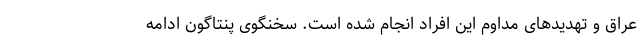
عراق و تهدیدهای مداوم این افراد انجام شده است. سخنگوی پنتاگون ادامه